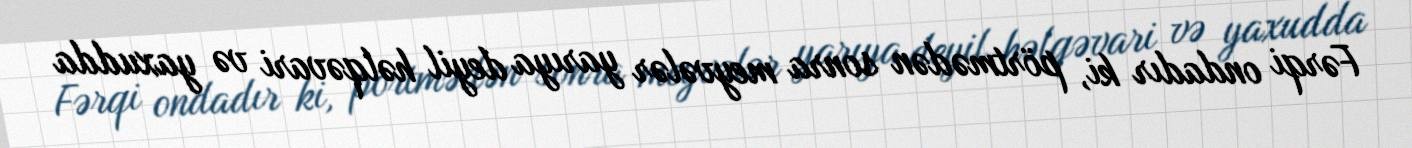
Fərqi ondadır ki, pörtmədən sonra meyvələr yarıya deyil həlqəvari və yaxudda